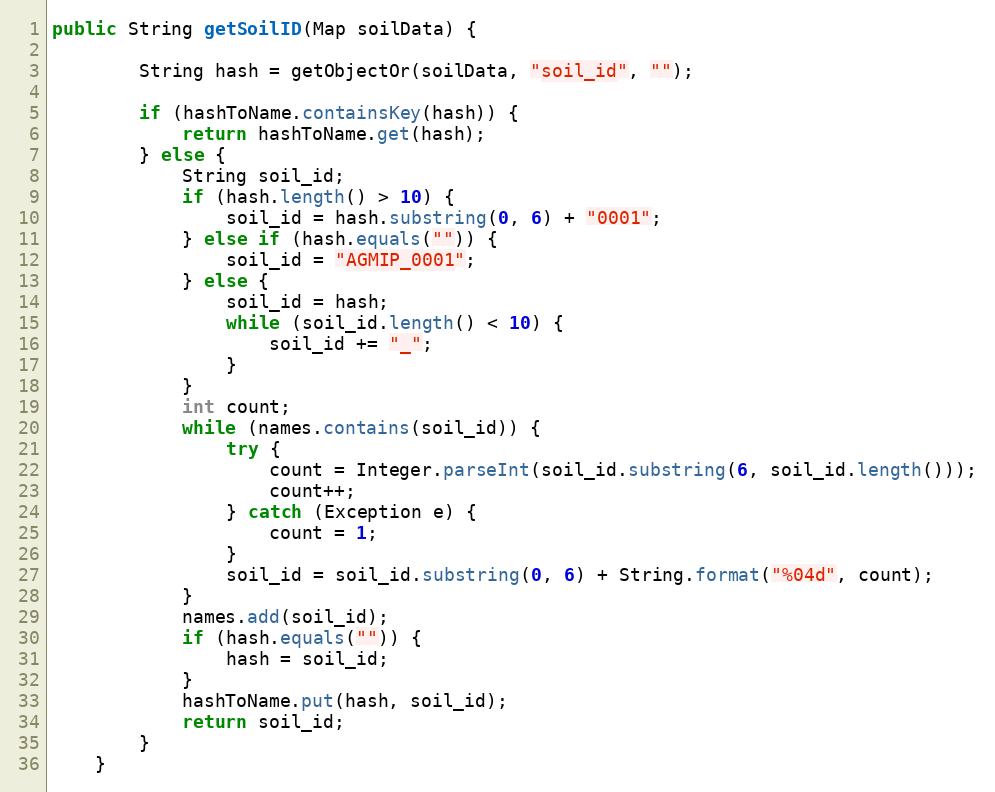
Language: Java
public String getSoilID(Map soilData) {

        String hash = getObjectOr(soilData, "soil_id", "");

        if (hashToName.containsKey(hash)) {
            return hashToName.get(hash);
        } else {
            String soil_id;
            if (hash.length() > 10) {
                soil_id = hash.substring(0, 6) + "0001";
            } else if (hash.equals("")) {
                soil_id = "AGMIP_0001";
            } else {
                soil_id = hash;
                while (soil_id.length() < 10) {
                    soil_id += "_";
                }
            }
            int count;
            while (names.contains(soil_id)) {
                try {
                    count = Integer.parseInt(soil_id.substring(6, soil_id.length()));
                    count++;
                } catch (Exception e) {
                    count = 1;
                }
                soil_id = soil_id.substring(0, 6) + String.format("%04d", count);
            }
            names.add(soil_id);
            if (hash.equals("")) {
                hash = soil_id;
            }
            hashToName.put(hash, soil_id);
            return soil_id;
        }
    }